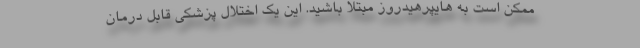
ممکن است به هایپرهیدروز مبتلا باشید. این یک اختلال پزشکی قابل درمان